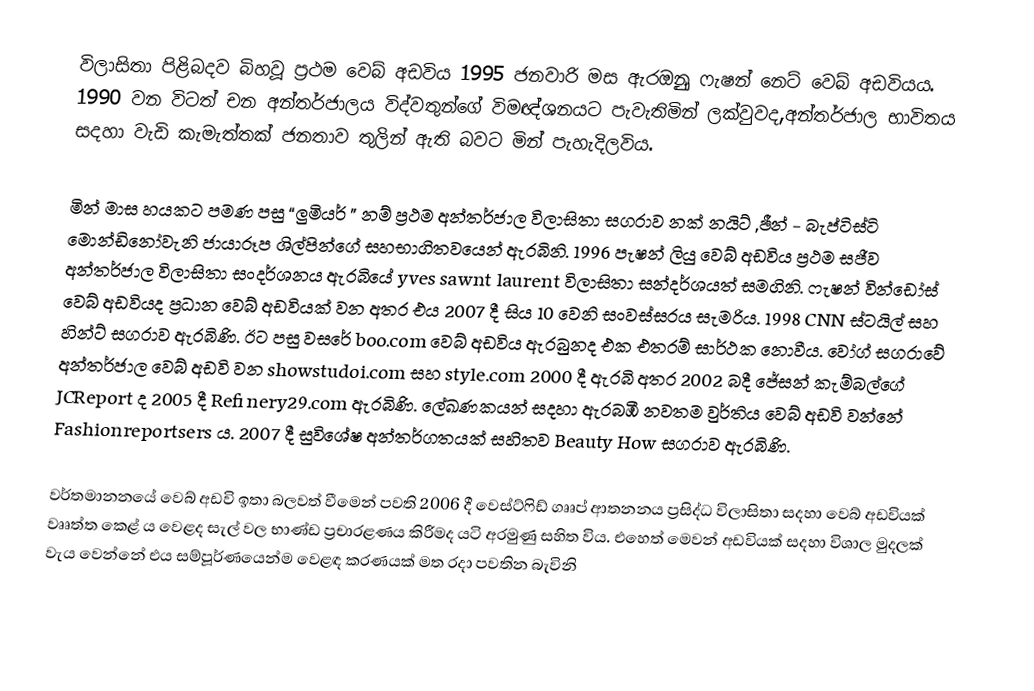
විලාසිතා පිළිබදව බිහවූ ප්‍රථම වෙබ් අඩවිය 1995 ජනවාරි මස ඇරඔුනු ෆැෂන් නෙට් වෙබ් අඩවියය. 1990 වන විටත් චන අන්තර්ජාලය විද්වතුන්ගේ විමඥ්ශනයට පැවැතිමින් ලක්වුවද,අන්තර්ජාල භාවිතය සදහා  වැඩි කැමැත්තක් ජනතාව තුලින් ඇති බවට මින් පැහැදිලවිය.

මින් මාස හයකට පමණ පසු “ලුමියර් ” නම් ප්‍රථම අන්තර්ජාල විලාසිතා සගරාව නක් නයිට් ,ඡීන් - බැප්ටිස්ටි මොන්ඩිනෝවැනි ජායාරූප ශිල්පින්ගේ සහභාගිතවයෙන් ඇරබිනි. 1996 පැෂන් ලියු වෙබ් අඩවිය ප්‍රථම සජීව අන්තර්ජාල විලාසිතා සංදර්ශනය ඇරබියේ yves sawnt  laurent විලාසිතා සන්දර්ශයත් සමගිනි. ෆැෂන් වින්ඩෝස් වෙබ් අඩවියද ප්‍රධාන වෙබ් අඩවියක් වන අතර එය 2007 දී සිය 10 වෙනි සංවස්සරය සැමරිය. 1998 CNN ස්ටයිල් සහ  හින්ට් සගරාව ඇරබිණි. ඊට පසු වසරේ boo.com වෙබ් අඩවිය ඇරබුනද එක එතරම් සාර්ථක නොවීය. වෝග් සගරාවේ අන්තර්ජාල වෙබ් අඩවි වන showstudoi.com සහ style.com   2000 දී ඇරබි අතර 2002 බදී ජේසන් කැම්බල්ගේ JCReport  ද 2005 දී Refinery29.com  ඇරබිණි. ලේඛණකයන් සදහා ඇරබඹී නවතම වුර්තිය වෙබ් අඩවි වන්නේ Fashionreportsers ය. 2007 දී සුවිශේෂ අන්තර්ගතයක් සහිතව  Beauty How සගරාව ඇරබිණි.

වර්තමානනයේ වෙබ් අඩවි ඉතා බලවත් වීමෙන් පවති 2006 දී වෙස්ට්ෆිඩ් ගෘෘප් ආතනනය ප්‍රසිද්ධ විලාසිතා සදහා වෙබ් අඩවියක් වෘෘත්ත කෙළ් ය වෙළද සැල් වල භාණ්ඩ ප්‍රචාරළණය කිරීමද යටි අරමුණු සහිත විය. එහෙත් මෙවන් අඩවියක් සදහා විශාල මුදලක් වැය වෙන්නේ එය සම්පූර්ණයෙන්ම වෙළඳ කරණයක් මත රදා පවතින බැවිනි